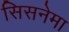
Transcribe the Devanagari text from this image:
सिसनेमा